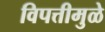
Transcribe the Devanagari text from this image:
विपत्तीमुळे